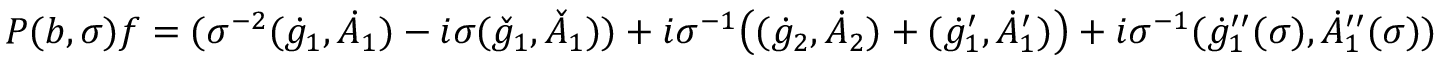
P ( b , \sigma ) f = ( \sigma ^ { - 2 } ( \dot { g } _ { 1 } , \dot { A } _ { 1 } ) - i \sigma ( \check { g } _ { 1 } , \check { A } _ { 1 } ) ) + i \sigma ^ { - 1 } \big ( ( \dot { g } _ { 2 } , \dot { A } _ { 2 } ) + ( \dot { g } _ { 1 } ^ { \prime } , \dot { A } _ { 1 } ^ { \prime } ) \big ) + i \sigma ^ { - 1 } ( \dot { g } _ { 1 } ^ { \prime \prime } ( \sigma ) , \dot { A } _ { 1 } ^ { \prime \prime } ( \sigma ) )